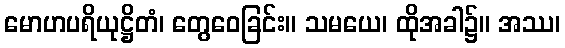
မောဟပရိယုဋ္ဌိတံ၊ တွေဝေခြင်း။ သမယေ၊ ထိုအခါ၌။ အဿ၊